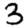
Digit: 3